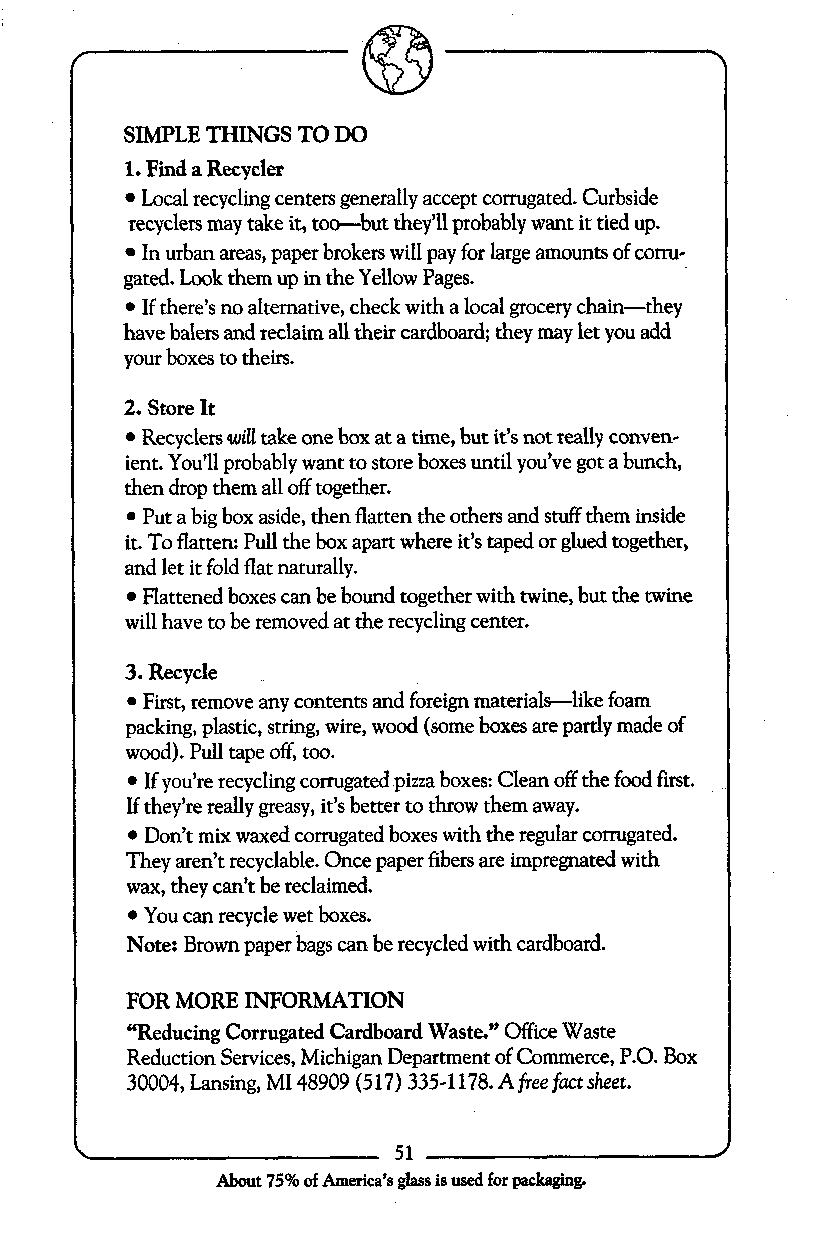
f                                         4
 SIMPLE THINGS TO DO
 1. Find a Recycler
 Local recycling centers generally accept corrugated. Curbside
 recyclers may take it, too-but they’ll probably want it tied up.
 In urban areas, paper brokers will pay for large amounts of corru-
 gated. Look them up in the Yellow Pages.
 If there’s no alternative, check with a local grocery chain-they
 have balers and reclaim all their cardboard; they may let you add
 your boxes to theirs.
 2. Store It
 Recyclers will take one box at a time, but it’s not really conven-
 ient. You’ll probably want to store boxes until you’ve got a bunch,
 then drop them all off together.
 Put a big box aside, then flatten the others and stuff them inside
 it. To flatten: Pull the box apart where it’s taped or glued together,
 and let it fold flat naturally.
 Flattened boxes can be bound together with twine, but the twine
 will have to be removed at the recycling center.
 3. Recycle
 First, remove any contents and foreign materials-like foam
 packing, plastic, string, wire, wood (some boxes are partly made of
 wood). Pull tape off, too.
 If you’re recycling corrugated pizza boxes: Clean off the food first.
 If they’re really greasy, it’s better to throw them away.
 Don’t mix waxed corrugated boxes with the regular corrugated.
 They aren’t recyclable. Once paper fibers are impregnated with
 wax, they can’t be reclaimed.
 You can recycle wet boxes.
 Note: Brown paper bags can be recycled with cardboard.
 ’
 FOR MORE INFORMATION
 “Reducing Corrugated Cardboard Waste.” Office Waste
 Reduction Services, Michigan Department of Commerce, P.O. Box
 ~, 30004, Lansing, MI 48909 (517) 335-1178. Afreefact sheet.
 351
 About 75% of America’s glass is used for packaging.